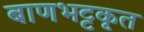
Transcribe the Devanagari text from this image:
बाणभट्टकृत